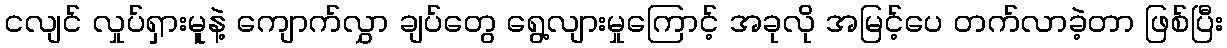
ငလျင် လှုပ်ရှားမူနဲ့ ကျောက်လွှာ ချပ်တွေ ရွေ့လျားမှုကြောင့် အခုလို အမြင့်ပေ တက်လာခဲ့တာ ဖြစ်ပြီး